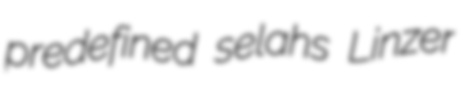
predefined selahs Linzer